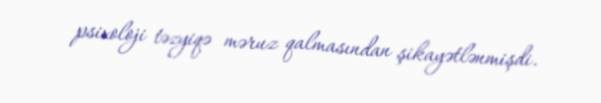
psixoloji təzyiqə məruz qalmasından şikayətlənmişdi.